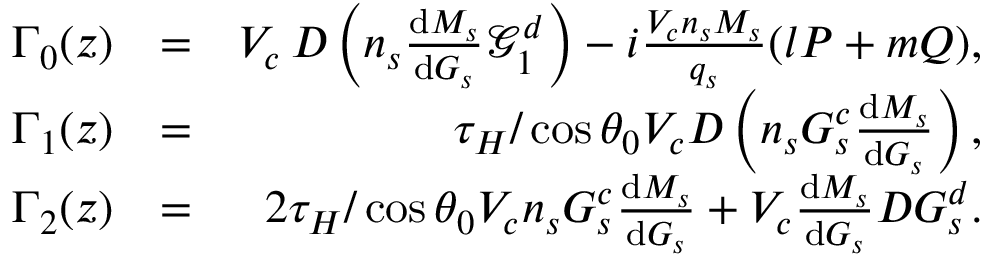
\begin{array} { r l r } { \Gamma _ { 0 } ( z ) } & { = } & { V _ { c } \, D \left( n _ { s } \frac { \ensuremath { \mathrm { d } } M _ { s } } { \ensuremath { \mathrm { d } } G _ { s } } \mathcal { G } _ { 1 } ^ { d } \right) - i \frac { V _ { c } n _ { s } M _ { s } } { q _ { s } } ( l P + m Q ) , } \\ { \Gamma _ { 1 } ( z ) } & { = } & { \tau _ { H } / \cos { \theta _ { 0 } } V _ { c } D \left( n _ { s } G _ { s } ^ { c } \frac { \ensuremath { \mathrm { d } } M _ { s } } { \ensuremath { \mathrm { d } } G _ { s } } \right) , } \\ { \Gamma _ { 2 } ( z ) } & { = } & { 2 \tau _ { H } / \cos { \theta _ { 0 } } V _ { c } n _ { s } G _ { s } ^ { c } \frac { \ensuremath { \mathrm { d } } M _ { s } } { \ensuremath { \mathrm { d } } G _ { s } } + V _ { c } \frac { \ensuremath { \mathrm { d } } M _ { s } } { \ensuremath { \mathrm { d } } G _ { s } } D G _ { s } ^ { d } . } \end{array}